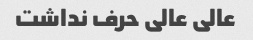
عالی عالی حرف نداشت